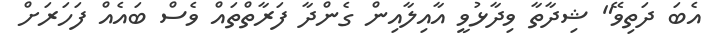
އެބަ ދަތިވޭ" ޝިދާތާ ވިދާޅުވީ އާއިލާއިން ގެންދާ ފަރާތްތައް ވެސް ބައެއް ފަހަރަށް